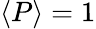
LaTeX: \langle P\rangle=1